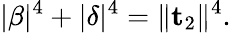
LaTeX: \lvert\beta\rvert^{4}+\lvert\delta\rvert^{4}=\lVert\mathbf{t}_{2}\rVert^{4}.